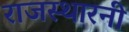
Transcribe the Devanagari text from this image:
राजस्थारनी